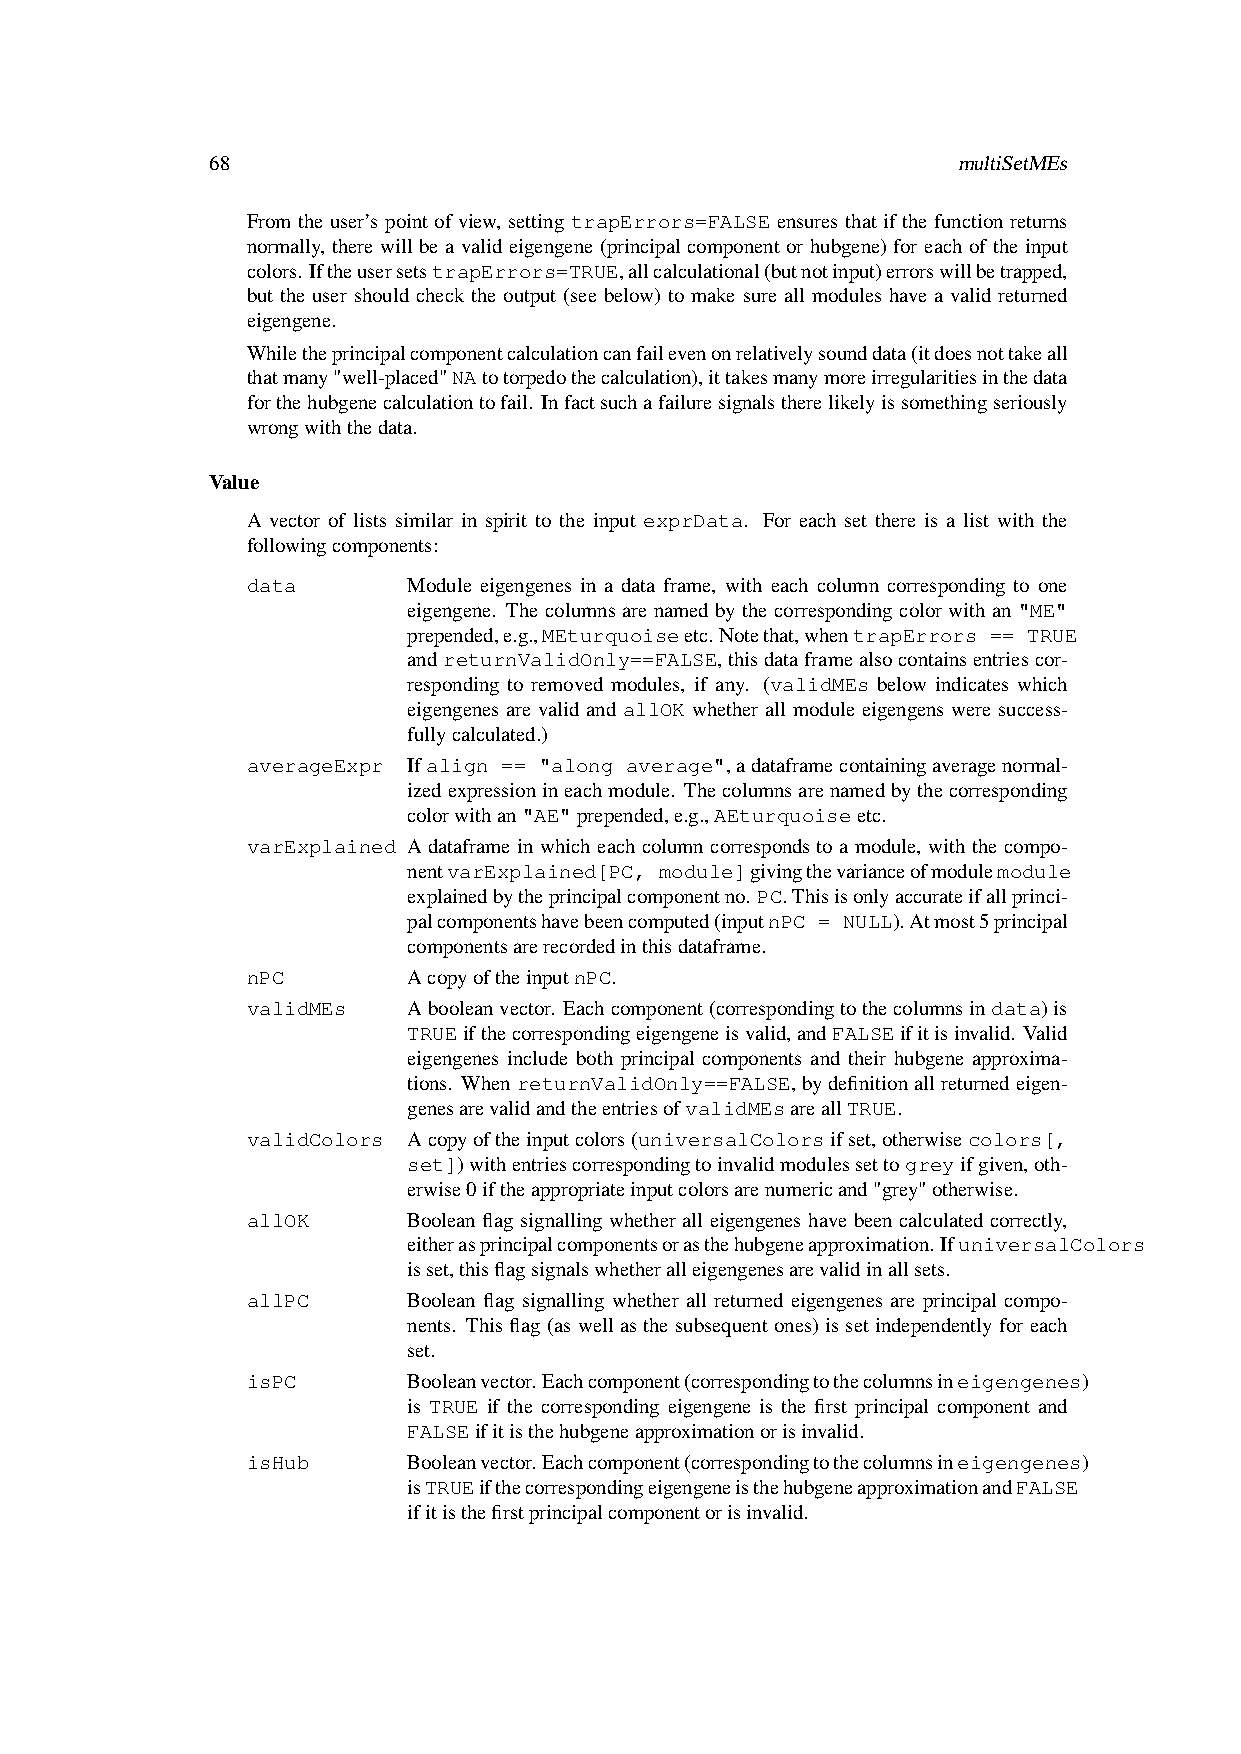
68                                               multiSetMEs
 From the user’s point of view, setting trapErrors=FALSE ensures that if the function returns
 normally, there will be a valid eigengene (principal component or hubgene) for each of the input
 colors.IftheusersetstrapErrors=TRUE,allcalculational(butnotinput)errorswillbetrapped,
 but the user should check the output (see below) to make sure all modules have a valid returned
 eigengene.
 Whiletheprincipalcomponentcalculationcanfailevenonrelativelysounddata(itdoesnottakeall
 thatmany"well-placed"NAtotorpedothecalculation),ittakesmanymoreirregularitiesinthedata
 forthehubgenecalculationtofail. Infactsuchafailuresignalstherelikelyissomethingseriously
 wrongwiththedata.
 Value
 A vector of lists similar in spirit to the input exprData. For each set there is a list with the
 followingcomponents:
 data       Module eigengenes in a data frame, with each column corresponding to one
 eigengene. The columns are named by the corresponding color with an "ME"
 prepended,e.g.,MEturquoiseetc.Notethat,whentrapErrors == TRUE
 andreturnValidOnly==FALSE,thisdataframealsocontainsentriescor-
 responding to removed modules, if any. (validMEs below indicates which
 eigengenes are valid and allOK whether all module eigengens were success-
 fullycalculated.)
 averageExpr Ifalign == "along average",adataframecontainingaveragenormal-
 izedexpressionineachmodule. Thecolumnsarenamedbythecorresponding
 colorwithan"AE"prepended,e.g.,AEturquoiseetc.
 varExplained A dataframe in which each column corresponds to a module, with the compo-
 nentvarExplained[PC, module]givingthevarianceofmodulemodule
 explainedbytheprincipalcomponentno. PC.Thisisonlyaccurateifallprinci-
 palcomponentshavebeencomputed(inputnPC = NULL).Atmost5principal
 componentsarerecordedinthisdataframe.
 nPC        AcopyoftheinputnPC.
 validMEs   Abooleanvector. Eachcomponent(correspondingtothecolumnsindata)is
 TRUEifthecorrespondingeigengeneisvalid,andFALSEifitisinvalid. Valid
 eigengenes include both principal components and their hubgene approxima-
 tions. WhenreturnValidOnly==FALSE,bydefinitionallreturnedeigen-
 genesarevalidandtheentriesofvalidMEsareallTRUE.
 validColors Acopyoftheinputcolors(universalColorsifset,otherwisecolors[,
 set])withentriescorrespondingtoinvalidmodulessettogreyifgiven,oth-
 erwise0iftheappropriateinputcolorsarenumericand"grey"otherwise.
 allOK      Boolean flag signalling whether all eigengenes have been calculated correctly,
 eitherasprincipalcomponentsorasthehubgeneapproximation.IfuniversalColors
 isset,thisflagsignalswhetheralleigengenesarevalidinallsets.
 allPC      Boolean flag signalling whether all returned eigengenes are principal compo-
 nents. This flag (as well as the subsequent ones) is set independently for each
 set.
 isPC       Booleanvector.Eachcomponent(correspondingtothecolumnsineigengenes)
 is TRUE if the corresponding eigengene is the first principal component and
 FALSEifitisthehubgeneapproximationorisinvalid.
 isHub      Booleanvector.Eachcomponent(correspondingtothecolumnsineigengenes)
 isTRUEifthecorrespondingeigengeneisthehubgeneapproximationandFALSE
 ifitisthefirstprincipalcomponentorisinvalid.